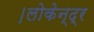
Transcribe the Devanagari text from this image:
।लोकेन्द्र